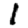
Digit: 1